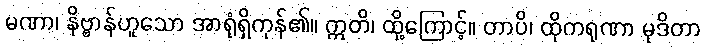
မဏာ၊ နိဗ္ဗာန်ဟူသော အာရုံရှိကုန်၏။ ဣတိ၊ ထို့ကြောင့်။ တာပိ၊ ထိုကရုဏာ မုဒိတာ